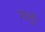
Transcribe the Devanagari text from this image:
मानुषं